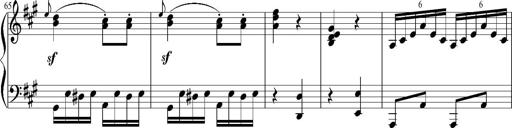
Title: 12 Sonatinas for Piano
Composer: Johann Baptist Vanhal